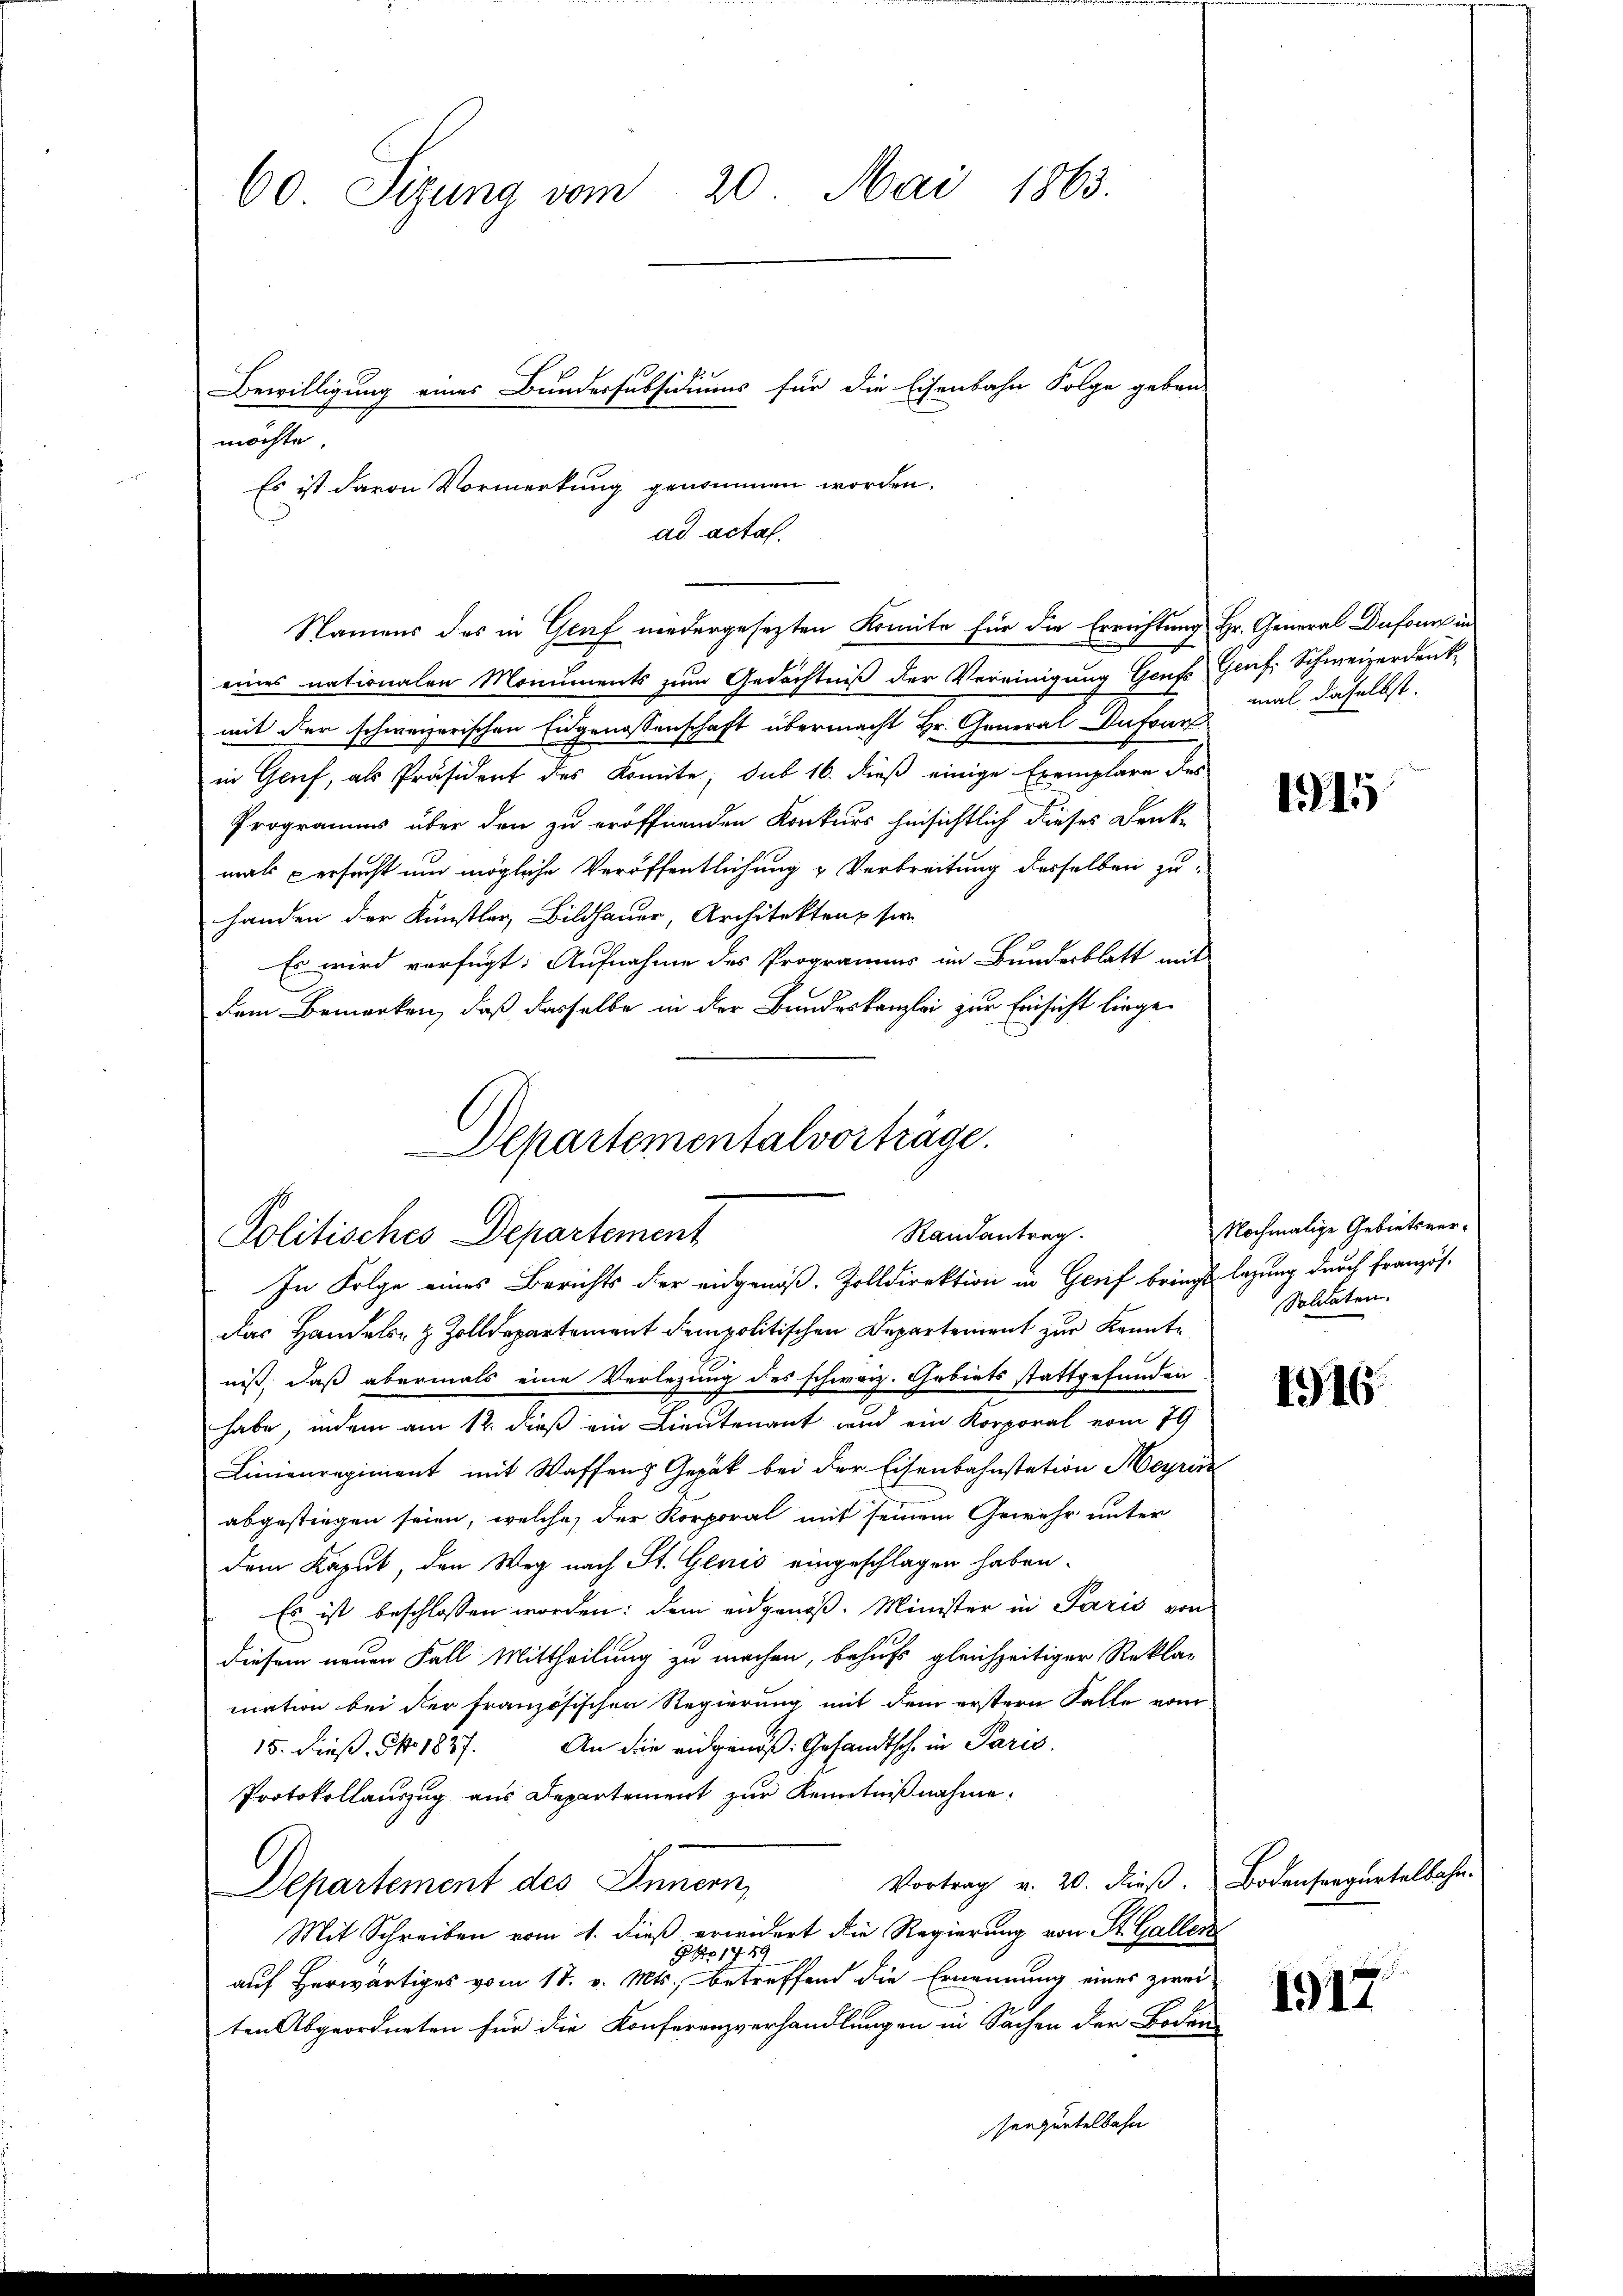
60 Sizung vom 20. Mai 1863.

möchte.
eines nationalen Monuments zum Gedächtniß der Vereinigung Genfs Genf. Schweizerdenk
mit der schweizerischen Eidgenossenschaft übermacht Hr. General Dufour
in Gruf, als Präsident des Komite; sub 16. dieß einige Exemplare des
Programms über den zu eröffnenden Konkurs hinsichtlich dieses Denk-
mals versucht und mögliche Veröffentlichung u Verbreitung desselben zu-
handen der Künstler, Bildhauer, Architekten ser
Es wird verfügt: Aufnahme des Programms im Bundesblatt mit
dem Bemerken, daß dasselbe in der Bundeskanzlei zur Einsicht liege
das Handels- & Zolldepartement dem politischen Departement zur Kenntniß, daß abermals eine Verlegung des schweiz. Gebiets stattgefunden
habe, indem am 12. dieß ein Lieutenant und ein Korporal vom 79
Linienregiment mit Waffens Gepak bei der Eisenbahnstation Heyrer
abgestiegen seien, welche der Korporal mit seinem Gewehr unter
dem Kaput, den Weg nach St. Genis eingeschlagen haben.
Es ist beschlossen worden: dem eidgenoß. Minister in Paris von
diesem neuen Fall Mittheilung zu machen, behufs gleichzeitiger Rekla-
mation bei der französischen Regierung mit dem erstern Falle vom
15. dieß. No. 1827. An die eidgenöß: Gesandtsch in Paris.
Protokollauszug aus Departement zur Kenntnißnahme.
Vortrag v. 20. dieß.
Departement des Innern,
Mit Schreiben vom 1. dieß erwidert die Regierung von St. Gallen
1459
auf Herwärtiges vom 18. v. Mts., betreffend die Ernennung eines zwei-
ten Abgeordneten für die Konferenzverhandlungen in Sachen der Boden
senquentelbahn

Bewilligung eines Bundessubsidiums für die Eisenbahn Folge geben

Es ist davon Vormerkung genommen worden.
ad acta.
Namens des in Graf niedergesezten Komite für die Errichtung Hr. General Dufour in

Departementalvorträge.
Randantrag.
Politisches Departement
In Folge eines Berichts der eidgenöß. Zolldirektion in Genf bringt lagung durch Französ.

mal daselbst.

1515

Nochmalige Gebietsver¬
Soldaten.

1916.

Bodenseegertelbahn.

1917